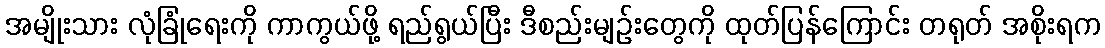
အမျိုးသား လုံခြုံရေးကို ကာကွယ်ဖို့ ရည်ရွယ်ပြီး ဒီစည်းမျဉ်းတွေကို ထုတ်ပြန်ကြောင်း တရုတ် အစိုးရက